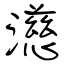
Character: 濨